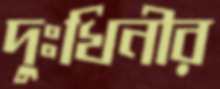
দুঃখিনীর